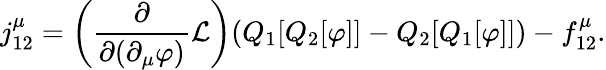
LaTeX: j_{12}^{\mu}=\left({\frac{\partial}{\partial(\partial_{\mu}\varphi)}}{\mathcal{L}}\right)(Q_{1}[Q_{2}[\varphi]]-Q_{2}[Q_{1}[\varphi]])-f_{12}^{\mu}.